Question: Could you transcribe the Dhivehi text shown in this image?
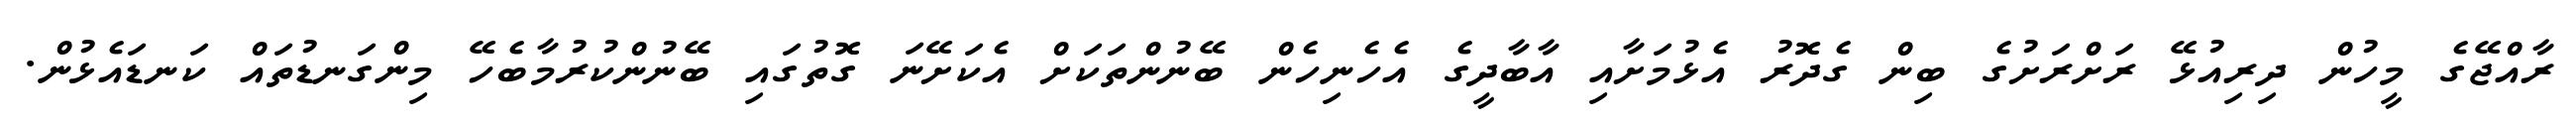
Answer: ރާއްޖޭގެ މީހުން ދިރިއުޅޭ ރަށްރަށުގެ ބިން ގެދޮރު އެޅުމަށާއި އާބާދީގެ އެހެނިހެން ބޭނުންތަކަށް އެކަށޭނަ ގޮތުގައި ބޭނުންކުރުމާބެހޭ މިންގަނޑުތައް ކަނޑައެޅުން.